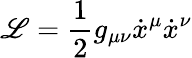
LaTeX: \mathscr{L}=\frac{{1}}{{2}}g_{\mu\nu}\dot{{x}}^{\mu}\dot{{x}}^{\nu}